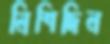
নিশিদিন